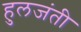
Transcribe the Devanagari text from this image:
हुलजंती